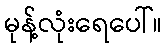
မုန့်လုံးရေပေါ်။